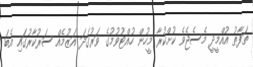
ތަފާތު އުއްމީދީ މެސެޖެވެ ކުށްކުރާ މީހުން ހުއްޓުވުމުގެ ވަރުގަދަ އަޒުމެއް ސަރުކާރުގައި އެބަ